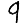
Digit: 9